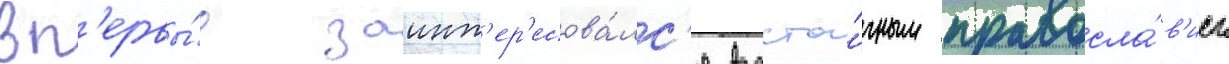
вп'ервы́е заинт'ер'есова́лс'я восто́чным правосла́в'ием